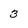
Character: 3